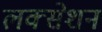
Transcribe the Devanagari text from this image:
लक्सेशन